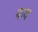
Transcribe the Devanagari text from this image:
बाद